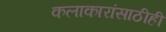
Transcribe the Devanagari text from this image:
कलाकारांसाठीही